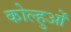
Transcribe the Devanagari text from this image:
कोल्हुओं